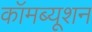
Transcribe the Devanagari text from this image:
कॉमब्यूशन